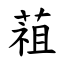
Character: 䔃